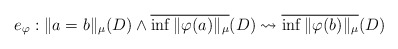
\begin{align*}e_{\varphi}: \|a=b\|_{\mu}(D) \wedge \overline{\inf \|\varphi(a)\|_{\mu}}(D) \leadsto \overline{\inf \|\varphi(b)\|_{\mu}}(D)\end{align*}